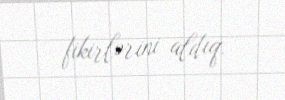
fikirlərini aldıq.